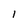
Character: 1